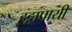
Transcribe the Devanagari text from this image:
हट्टापायी